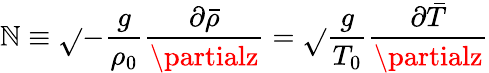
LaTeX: \mathbb{N}\equiv\sqrt{}{{-\frac{{g}}{{\rho_{0}}}\frac{{\partial\bar{{\rho}}}}{{\partialz}}}}=\sqrt{}{{\frac{{g}}{{T_{0}}}\frac{{\partial\bar{{T}}}}{{\partialz}}}}